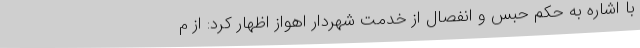
با اشاره به حکم حبس و انفصال از خدمت شهردار اهواز اظهار کرد: از م